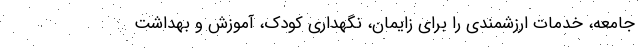
جامعه، خدمات ارزشمندی را برای زایمان، نگهداری کودک، آموزش و بهداشت